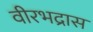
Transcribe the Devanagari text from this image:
वीरभद्रास